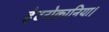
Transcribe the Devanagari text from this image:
हेटरोक्रानिया।